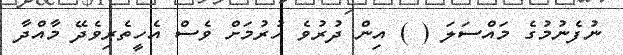
ނުފެނުމުގެ މައްސަލަ ( ) އިން ދުރުވެ ހުރުމަށް ވެސް އެހީތެރިވެދޭ މާއްދާ